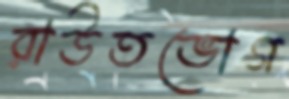
রাউতভোগ